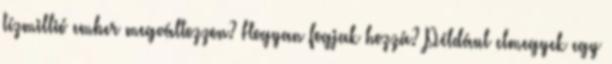
tízmillió ember megváltozzon? Hogyan fogjak hozzá? Például elmegyek egy